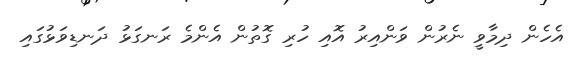
އެހެން ދިމާވީ ނެރުން ވަންއިރު އޮއި ހުރި ގޮތުން އެންމެ ރަނގަޅު ދަނޑިވަޅުގައި